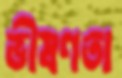
ভীষণতা